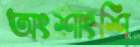
অংশাংশি